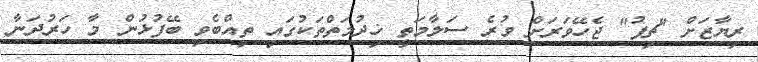
ރިޔާޒަށް "ޗިޕު" ޖެހޭވަރަށް ވުރެ ސަލާމަތީ ޚިދުމަތްތަކުގައި ތިއްބެވި ބޭފުޅުން މާ ހަރުދަނާ